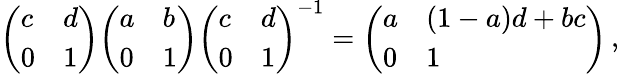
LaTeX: {\left(\begin{array}{ll}{c}&{d}\\ {0}&{1}\end{array}\right)}{\left(\begin{array}{ll}{a}&{b}\\ {0}&{1}\end{array}\right)}{\left(\begin{array}{ll}{c}&{d}\\ {0}&{1}\end{array}\right)}^{-1}={\left(\begin{array}{ll}{a}&{(1-a)d+bc}\\ {0}&{1}\end{array}\right)}\, ,